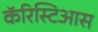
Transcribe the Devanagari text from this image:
कॅरिस्टिआस